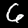
Digit: 6